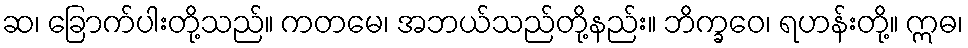
ဆ၊ ခြောက်ပါးတို့သည်။ ကတမေ၊ အဘယ်သည်တို့နည်း။ ဘိက္ခဝေ၊ ရဟန်းတို့။ ဣဓ၊